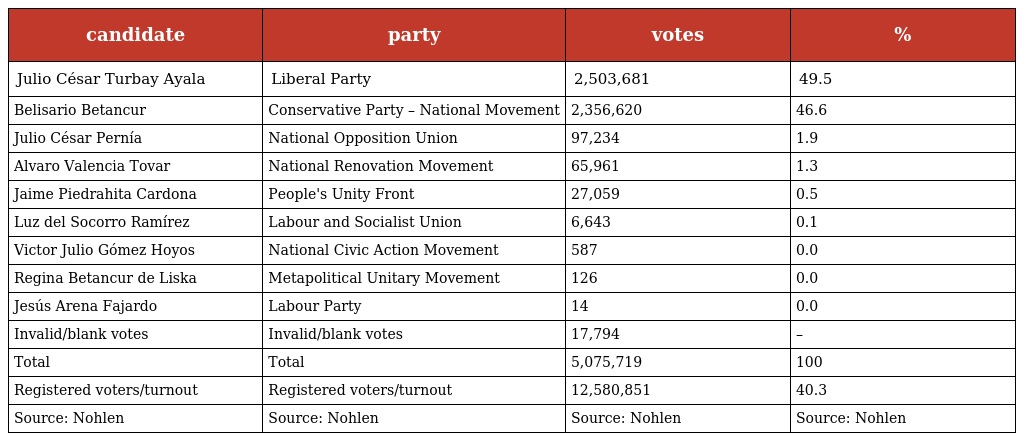
| candidate | party | votes | % |
 | --- | --- | --- | --- |
 | Julio César Turbay Ayala | Liberal Party | 2,503,681 | 49.5 |
 | Belisario Betancur | Conservative Party – National Movement | 2,356,620 | 46.6 |
 | Julio César Pernía | National Opposition Union | 97,234 | 1.9 |
 | Alvaro Valencia Tovar | National Renovation Movement | 65,961 | 1.3 |
 | Jaime Piedrahita Cardona | People's Unity Front | 27,059 | 0.5 |
 | Luz del Socorro Ramírez | Labour and Socialist Union | 6,643 | 0.1 |
 | Victor Julio Gómez Hoyos | National Civic Action Movement | 587 | 0.0 |
 | Regina Betancur de Liska | Metapolitical Unitary Movement | 126 | 0.0 |
 | Jesús Arena Fajardo | Labour Party | 14 | 0.0 |
 | Invalid/blank votes | Invalid/blank votes | 17,794 | – |
 | Total | Total | 5,075,719 | 100 |
 | Registered voters/turnout | Registered voters/turnout | 12,580,851 | 40.3 |
 | Source: Nohlen | Source: Nohlen | Source: Nohlen | Source: Nohlen |